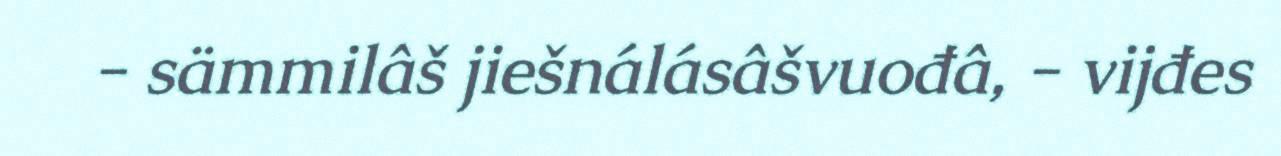
- sämmilâš jiešnálásâšvuođâ, - vijđes